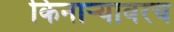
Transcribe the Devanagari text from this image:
किनाऱ्यावरच